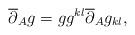
LaTeX: \begin{align*}\overline{\partial}_A g = g g^{kl} \overline{\partial}_A g_{kl},\end{align*}